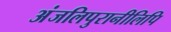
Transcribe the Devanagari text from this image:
अंजलिपुरानीलिपि